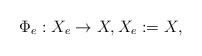
LaTeX: \begin{align*}\Phi_e:X_e \to X, X_e:=X, \end{align*}